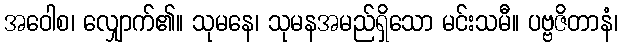
အဝေါစ၊ လျှောက်၏။ သုမနေ၊ သုမနအမည်ရှိသော မင်းသမီ။ ပဗ္ဗဇိတာနံ၊